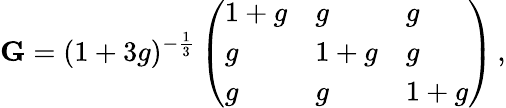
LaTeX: \mathbf{G}=(1+3g)^{-\frac{1}{3}}\left(\begin{array}{lll}{1+g}&{g}&{g}\\ {g}&{1+g}&{g}\\ {g}&{g}&{1+g}\end{array}\right)\, ,